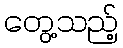
တွေ့သည့်